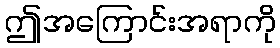
ဤအကြောင်းအရာကို